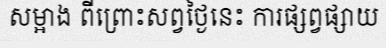
សម្អាង ពីព្រោះសព្វថ្ងៃនេះ ការផ្សព្វផ្សាយ